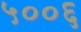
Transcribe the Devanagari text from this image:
५००६